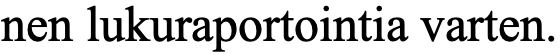
nen lukuraportointia varten.